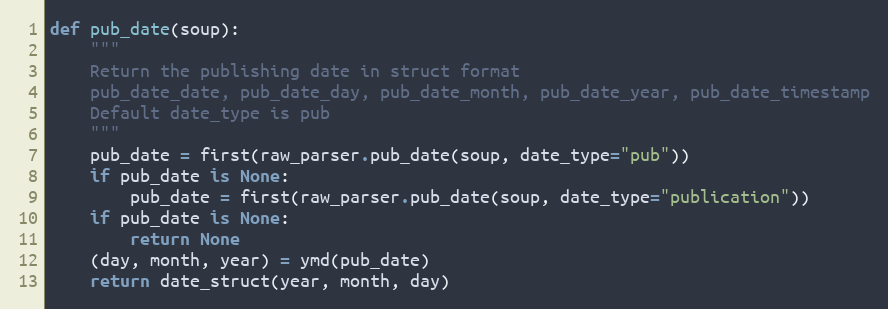
Language: Python
def pub_date(soup):
    """
    Return the publishing date in struct format
    pub_date_date, pub_date_day, pub_date_month, pub_date_year, pub_date_timestamp
    Default date_type is pub
    """
    pub_date = first(raw_parser.pub_date(soup, date_type="pub"))
    if pub_date is None:
        pub_date = first(raw_parser.pub_date(soup, date_type="publication"))
    if pub_date is None:
        return None
    (day, month, year) = ymd(pub_date)
    return date_struct(year, month, day)